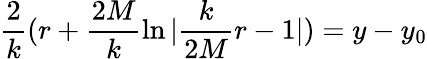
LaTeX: \frac{2}{k}(r+\frac{2M}{k}\ln|\frac{k}{2M}r-1|)=y-y_{0}